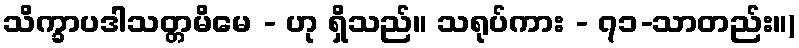
သိက္ခာပဒါသတ္တမိမေ - ဟု ရှိသည်။ သရုပ်ကား - ၇၁-သာတည်း။)